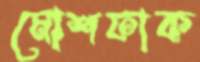
মোশফাক